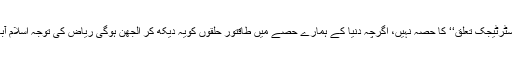
تاہم اس کا مطلب یہ نہیں کہ آرمی چیف اس ’’اسٹرٹیجک تعلق‘‘ کا حصہ نہیں، اگرچہ دنیا کے ہمارے حصے میں طاقتور حلقوں کویہ دیکھ کر الجھن ہوگی ریاض کی توجہ اسلام آباد اور راولپنڈی کے درمیان بٹ کررہ گئی ہے۔